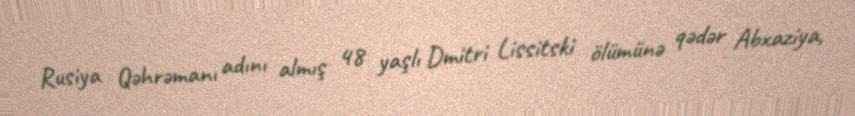
Rusiya Qəhrəmanı adını almış 48 yaşlı Dmitri Lissitski ölümünə qədər Abxaziya,